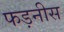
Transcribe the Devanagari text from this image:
फड़नीस